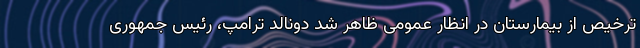
ترخیص از بیمارستان در انظار عمومی ظاهر شد دونالد ترامپ، رئیس جمهوری